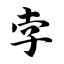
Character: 孛